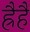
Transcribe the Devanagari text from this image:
ह्रैहैं